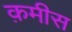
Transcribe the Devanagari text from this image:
क़मीस